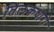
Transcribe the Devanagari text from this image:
तिलकधारी